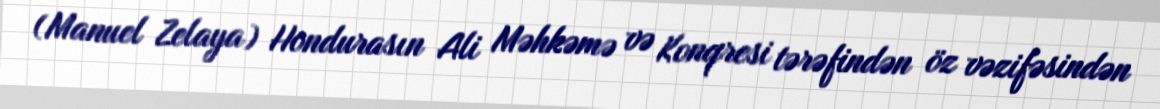
(Manuel Zelaya) Hondurasın Ali Məhkəmə və Konqresi tərəfindən öz vəzifəsindən